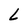
Character: L